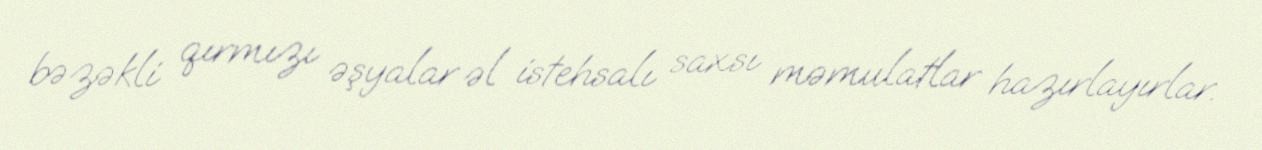
bəzəkli qırmızı əşyalar əl istehsalı saxsı məmulatlar hazırlayırlar.